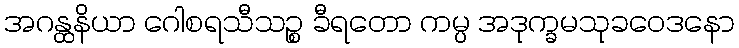
အဂန္ထနိယာ ဂေါစရသီသဉ္စ ခီရတော ကမ္ပ အဒုက္ခမသုခဝေဒနော